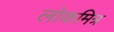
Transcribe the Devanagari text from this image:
लोकमित्र